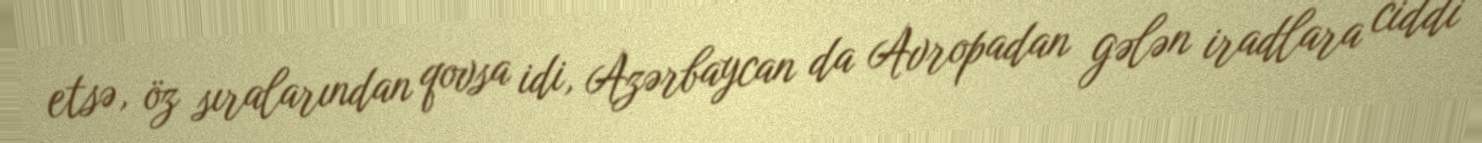
etsə, öz sıralarından qovsa idi, Azərbaycan da Avropadan gələn iradlara ciddi